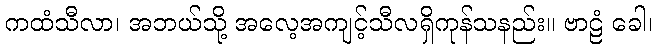
ကထံသီလာ၊ အဘယ်သို့ အလေ့အကျင့်သီလရှိကုန်သနည်း။ ဗာဠံ ခေါ၊